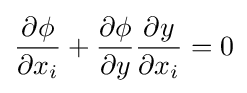
{\frac {\partial \phi }{\partial x_{i}}}+{\frac {\partial \phi }{\partial y}}{\frac {\partial y}{\partial x_{i}}}=0